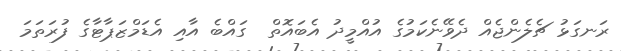
ރަނގަޅު ޗެލެންޖެއް ދެވޭނެކަމުގެ އުއްމީދު އެބައޮތް  ގައްބެ އާއި އެޑަމްޒަޕާޓާގެ ފުރަތަމަ